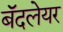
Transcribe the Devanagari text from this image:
बॅदलेयर